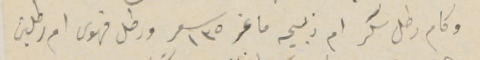
وكام رطل سكر ام ذبيحه ماعز سعر ١٣٥ ورطل قهوى ام رطلين